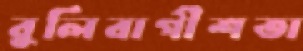
বুলিবাগীশতা